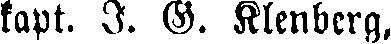
kapt. I. G. Klenberg,